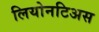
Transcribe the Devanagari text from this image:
लियोनटिअस